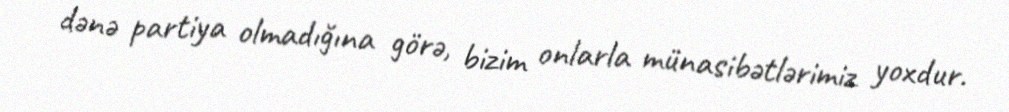
dənə partiya olmadığına görə, bizim onlarla münasibətlərimiz yoxdur.